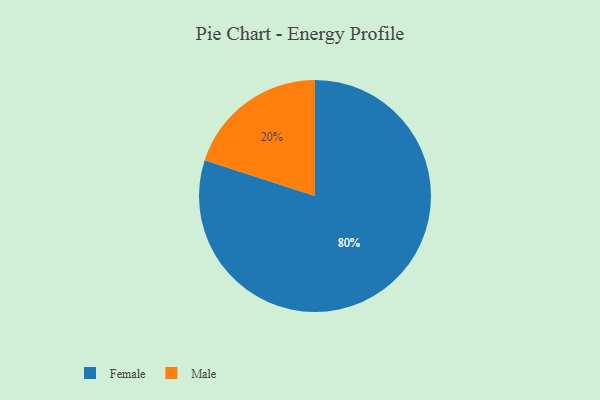
{"axis": {"x": "Category", "y": "Percentage"}, "legend": ["Female", "Male"], "data": [{"x": "Male", "y": 20, "type": "Male"}, {"x": "Female", "y": 80, "type": "Female"}]}